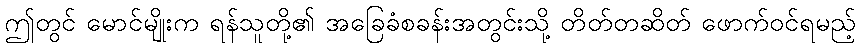
ဤတွင် မောင်မျိုးက ရန်သူတို့၏ အခြေခံစခန်းအတွင်းသို့ တိတ်တဆိတ် ဖောက်ဝင်ရမည့်